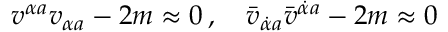
v ^ { \alpha { } a } v _ { \alpha { } a } - 2 m \approx 0 \, , \quad \bar { v } _ { \dot { \alpha } { } a } \bar { v } ^ { \dot { \alpha } { } a } - 2 m \approx 0